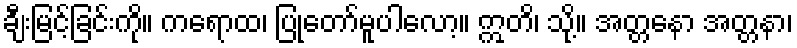
ချီးမြင့်ခြင်းကို။ ကရောထ၊ ပြုတော်မူပါလော့။ ဣတိ၊ သို့။ အတ္တနော အတ္တနာ၊